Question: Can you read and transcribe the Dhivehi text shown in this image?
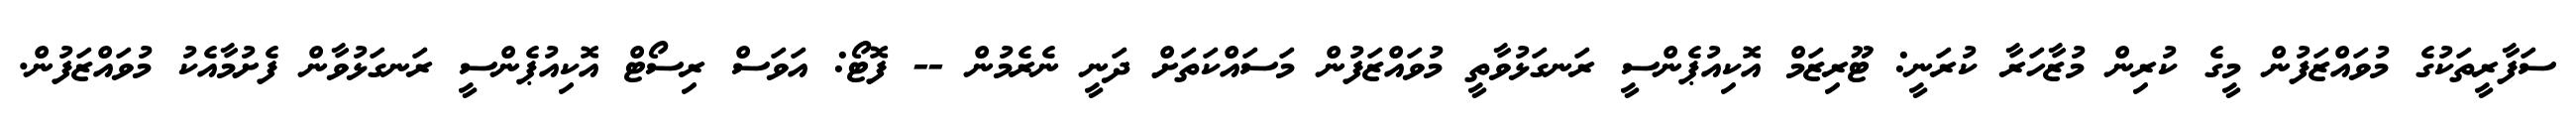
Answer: ސަފާރީތަކުގެ މުވައްޒަފުން މީގެ ކުރިން މުޒާހަރާ ކުރަނީ: ޓޫރިޒަމް އޮކިއުޕެންސީ ރަނގަޅުވާތީ މުވައްޒަފުން މަސައްކަތަށް ދަނީ ނެރެމުން -- ފޮޓޯ: އަވަސް ރިސޯޓް އޮކިއުޕެންސީ ރަނގަޅުވާން ފެށުމާއެކު މުވައްޒަފުން.